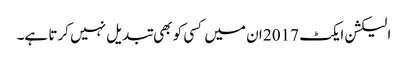
الیکشن ایکٹ 2017 ان میں کسی کو بھی تبدیل نہیں کرتا ہے۔